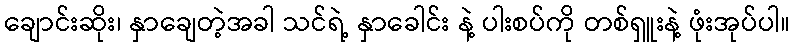
ချောင်းဆိုး၊ နှာချေတဲ့အခါ သင်ရဲ့ နှာခေါင်း နဲ့ ပါးစပ်ကို တစ်ရှူးနဲ့ ဖုံးအုပ်ပါ။